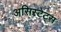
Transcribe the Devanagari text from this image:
असिस्टेंट्स